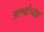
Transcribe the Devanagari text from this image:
अश्वांच्या